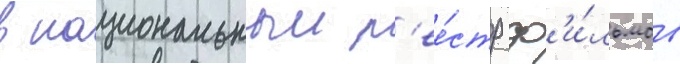
в национальныи р'ее́стр ф'и́льмов